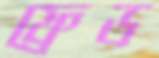
ফ্রেড